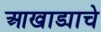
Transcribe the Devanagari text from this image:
आखाड्याचे